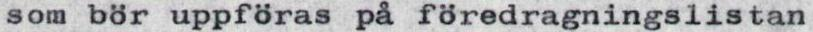
som bör uppföras på föredragningslistan